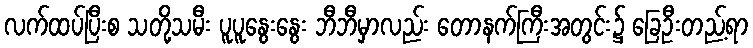
လက်ထပ်ပြီးစ သတို့သမီး ပူပူနွေးနွေး ဘီဘီမှာလည်း တောနက်ကြီးအတွင်း၌ ခြေဦးတည့်ရာ